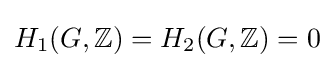
H_{1}(G,\mathbb {Z} )=H_{2}(G,\mathbb {Z} )=0